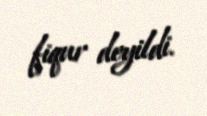
fiqur deyildi.